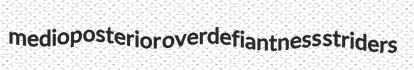
medioposterior overdefiantness striders